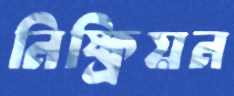
নিষ্ক্রিয়ন